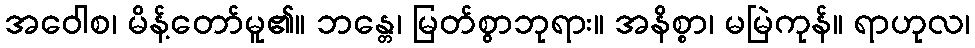
အဝေါစ၊ မိန့်တော်မူ၏။ ဘန္တေ၊ မြတ်စွာဘုရား။ အနိစ္စာ၊ မမြဲကုန်။ ရာဟုလ၊